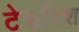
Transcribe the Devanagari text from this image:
टेकनिश